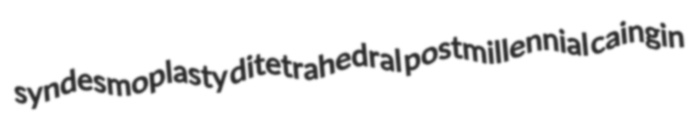
syndesmoplasty ditetrahedral postmillennial caingin